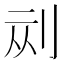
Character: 𱐘